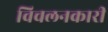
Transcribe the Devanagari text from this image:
विचलनकारी